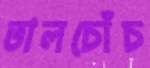
তালচোঁচ